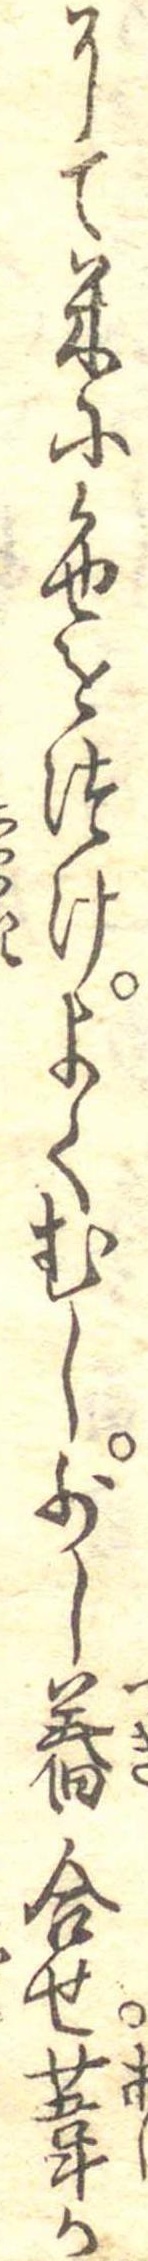
にて米に色をつけよくむし少し舂合せ葦か